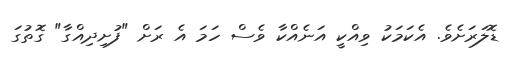
ޑޮލަރަށެވެ. އެކަމަކު ވިއްކީ އަނެއްކާ ވެސް ހަމަ އެ ރަށް "ފުށިދިއްގާ" ގޮތުގަ